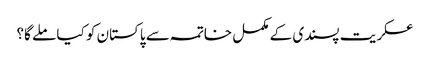
عسکریت پسندی کے مکمل خاتمہ سے پاکستان کو کیا ملے گا؟